Civil Veterinary Dept. North-West Frontier Province 1901-22 - 1901-1922
Year: 1901
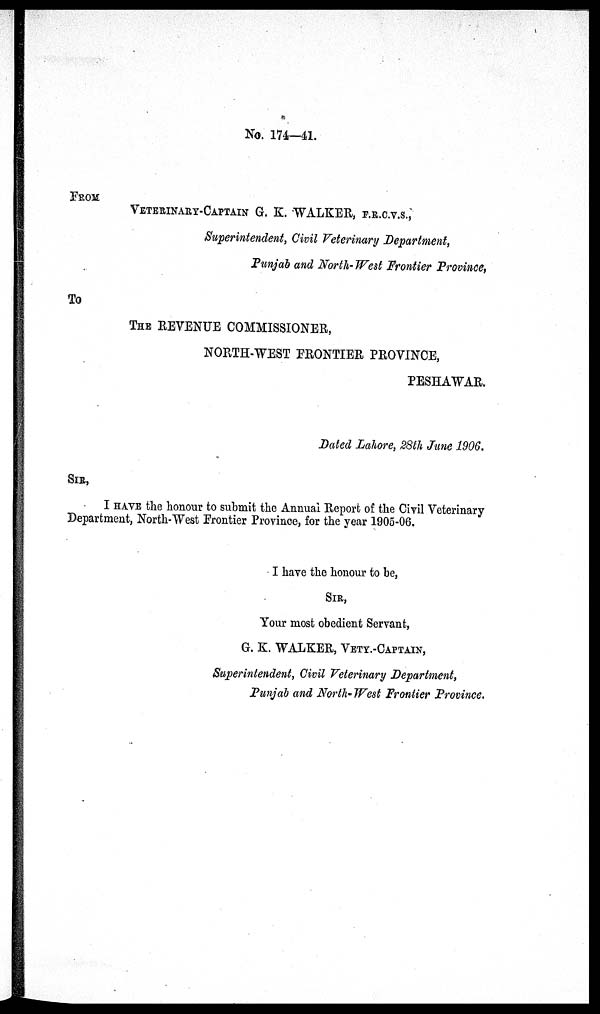
No. 174—41.
FROM
VETERINARY-CAPTAIN G. K. WALKER, F.R.C.V.S.,
Superintendent, Civil Veterinary Department,
Punjab and North-West Frontier Province,
To
THE REVENUE COMMISSIONER,
NORTH-WEST FRONTIER PROVINCE,
PESHAWAR.
Dated Lahore, 28th June 1906.
SIR,
I HAVE the honour to submit the Annual Report of the Civil Veterinary
Department, North-West Frontier Province, for the year 1905-06.
I have the honour to be,
SIR,
Your most obedient Servant,
G. K. WALKER, VETY.-CAPTAIN,
Superintendent, Civil Veterinary Department,
Punjab and North-West Frontier Province.